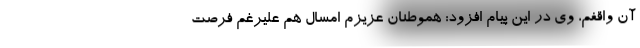
آن واقفم، وی در این پیام افزود: ‌هموطنان عزیزم امسال هم علیرغم فرصت